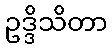
ဥဒ္ဒိသိတာ